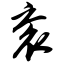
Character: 衮